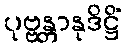
ပုဗ္ဗန္တာနုဒိဋ္ဌိံ